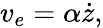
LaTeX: v_{e}=\alpha\dot{z},